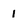
Character: l